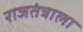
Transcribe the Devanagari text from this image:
राजतंत्राला